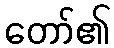
တော်၏